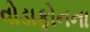
વોડાફોનના